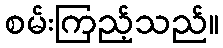
စမ်းကြည့်သည်။